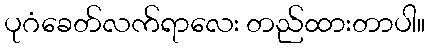
ပုဂံခေတ်လက်ရာလေး တည်ထားတာပါ။